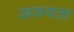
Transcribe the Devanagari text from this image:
सरूपता